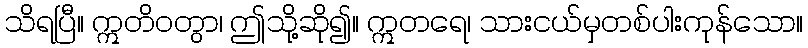
သိရပြီ။ ဣတိဝတွာ၊ ဤသို့ဆို၍။ ဣတရေ၊ သားငယ်မှတစ်ပါးကုန်သော။